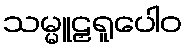
သမ္မူဠှရူပေါဝ